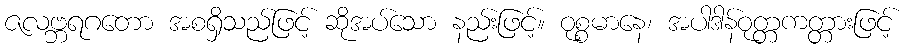
ဇလဗ္ဘရဂတော အစရှိသည်ဖြင့် ဆိုအပ်သော နည်းဖြင့်။ ဝုစ္စမာနေ၊ အပါဒါန်ဝုတ္တကတ္တားဖြင့်